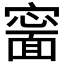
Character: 𡫍